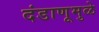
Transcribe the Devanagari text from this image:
दंडाणूमुळे